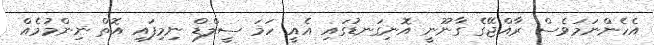
އެހެންނަމަވެސް ރާއްޖޭގެ ގާނޫނީ އޮނިގަނޑުގައި އެއީ ހަމަ ސީލްޑް ނިމިފައި އޮތް ނިންމުމެއް